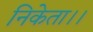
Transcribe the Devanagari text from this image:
निकेता।।